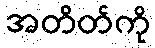
အတိတ်ကို